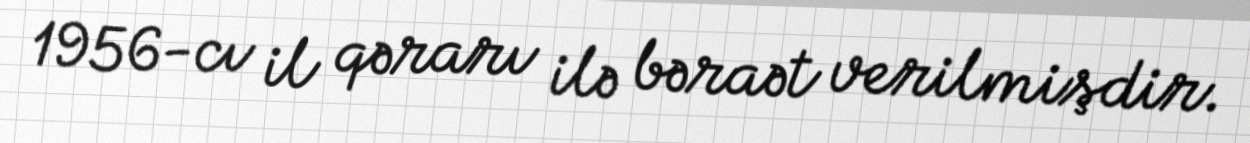
1956-cı il qərarı ilə bəraət verilmişdir.